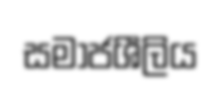
සමාජශීලිය